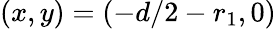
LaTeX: (x,y)=(-d/2-r_{1},0)